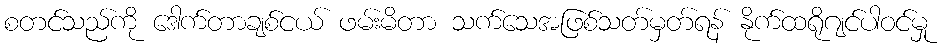
စတင်သည်ကို ဒေါက်တာချစ်ငယ် ဖမ်းမိတာ သက်သေအဖြစ်သတ်မှတ်ရန် နိုက်ထရိုဂျင်ပါဝင်မှု